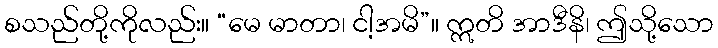
စသည်တို့ကိုလည်း။ “မေ မာတာ၊ ငါ့အမိ”။ ဣတိ အာဒီနိ၊ ဤသို့သော